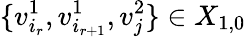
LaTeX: \{ v_{i_{r}}^{1},v_{i_{r+1}}^{1},v_{j}^{2}\} \in X_{1,0}